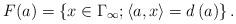
LaTeX: \begin{align*}F(a)=\left\{ x\in\Gamma_{\infty} \mathbf{ ; }\left\langle a,x\right\rangle=d\left( a\right) \right\} .\end{align*}